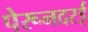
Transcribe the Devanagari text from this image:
पेरूनदरई